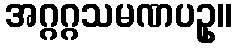
အဂ္ဂဂ္ဂသမဏပဥှ။